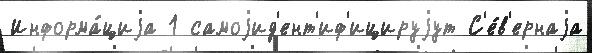
Информа́циjа 1 самоjид'ент'иф'ицируjут С'е́в'ернаjа